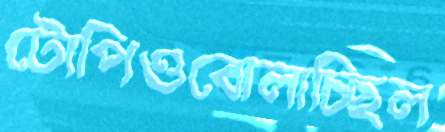
টোপিওবোলাচ্ছিল